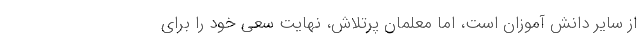
از سایر دانش آموزان است، اما معلمان پرتلاش، نهایت سعی خود را برای